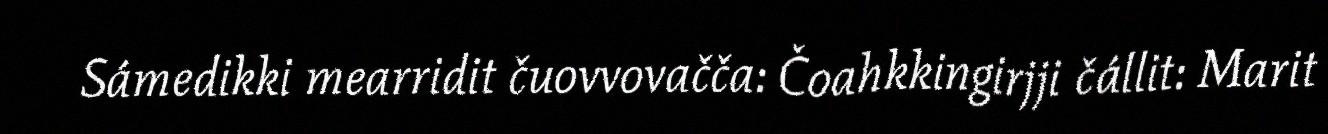
Sámedikki mearridit čuovvovačča: Čoahkkingirjji čállit: Marit